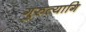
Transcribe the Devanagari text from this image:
गुरुत्यागि